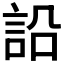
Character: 䛇